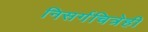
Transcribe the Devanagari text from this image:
निसर्गचित्रेही